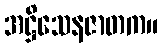
အဋ္ဌိသေနဇာတက။